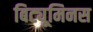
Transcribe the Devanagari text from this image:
बिट्यूमिनस